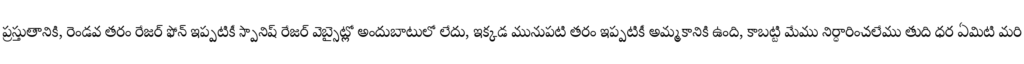
ప్రస్తుతానికి, రెండవ తరం రేజర్ ఫోన్ ఇప్పటికీ స్పానిష్ రేజర్ వెబ్సైట్లో అందుబాటులో లేదు, ఇక్కడ మునుపటి తరం ఇప్పటికీ అమ్మకానికి ఉంది, కాబట్టి మేము నిర్ధారించలేము తుది ధర ఏమిటి మరి